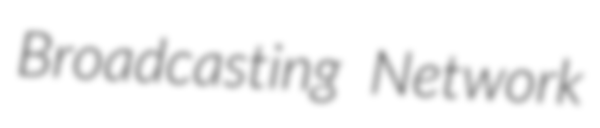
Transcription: Broadcasting Network